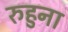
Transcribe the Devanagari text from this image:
रुहुना